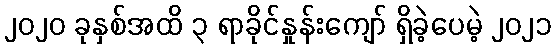
၂၀၂၀ ခုနှစ်အထိ ၃ ရာခိုင်နှုန်းကျော် ရှိခဲ့ပေမဲ့ ၂၀၂၁